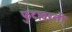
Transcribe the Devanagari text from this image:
फुटावरती